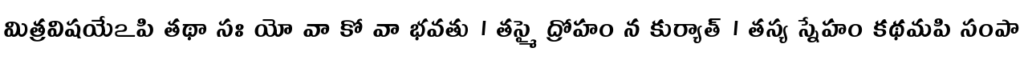
మిత్రవిషయేఽపి తథా సః యో వా కో వా భవతు । తస్మై ద్రోహం న కుర్యాత్ । తస్య స్నేహం కథమపి సంపా